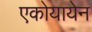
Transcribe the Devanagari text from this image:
एकोयायेन